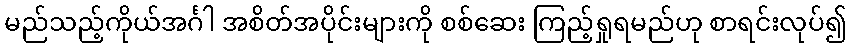
မည်သည့်ကိုယ်အင်္ဂါ အစိတ်အပိုင်းများကို စစ်ဆေး ကြည့်ရှုရမည်ဟု စာရင်းလုပ်၍